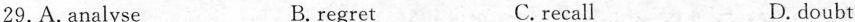
29. A. analyse B. regret C. recall D. doubt